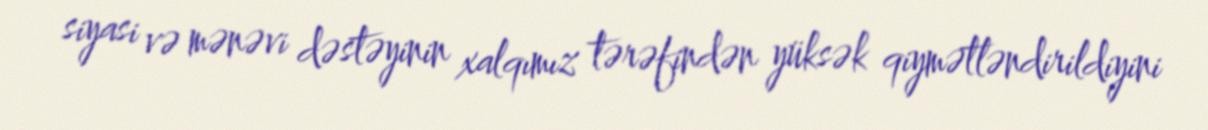
siyasi və mənəvi dəstəyinin xalqımız tərəfindən yüksək qiymətləndirildiyini